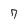
Character: 7